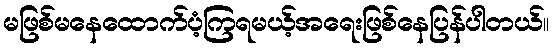
မဖြစ်မနေထောက်ပံ့ကြရမယ့်အရေးဖြစ်နေပြန်ပါတယ်။